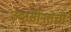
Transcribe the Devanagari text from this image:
उदासीनतेची